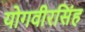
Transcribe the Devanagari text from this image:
योगवीरसिंह